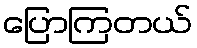
ပြောကြတယ်